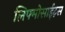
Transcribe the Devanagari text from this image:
लिफ्मोसाईट्स